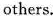
others.